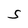
Character: S